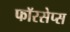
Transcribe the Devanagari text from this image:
फॉरसेप्स